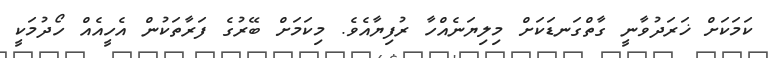
ކަމަކަށް ޚަރަދުވާނީ ގާތްގަނޑަކަށް މިލިޔަނެއްހާ ރުފިޔާއެވެ. މިކަމަށް ބޭރުގެ ފަރާތަކުން އެހީއެއް ހޯދުމަކީ